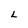
Character: L